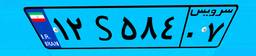
۱۲S۵۸۴۰۷